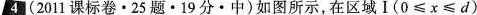
4(2011课标卷·25题·19分·中)如图所示，在区域Ⅰ($$0 ≤ x ≤ d$$)